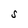
Character: S